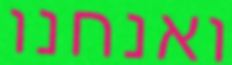
ואנחנו